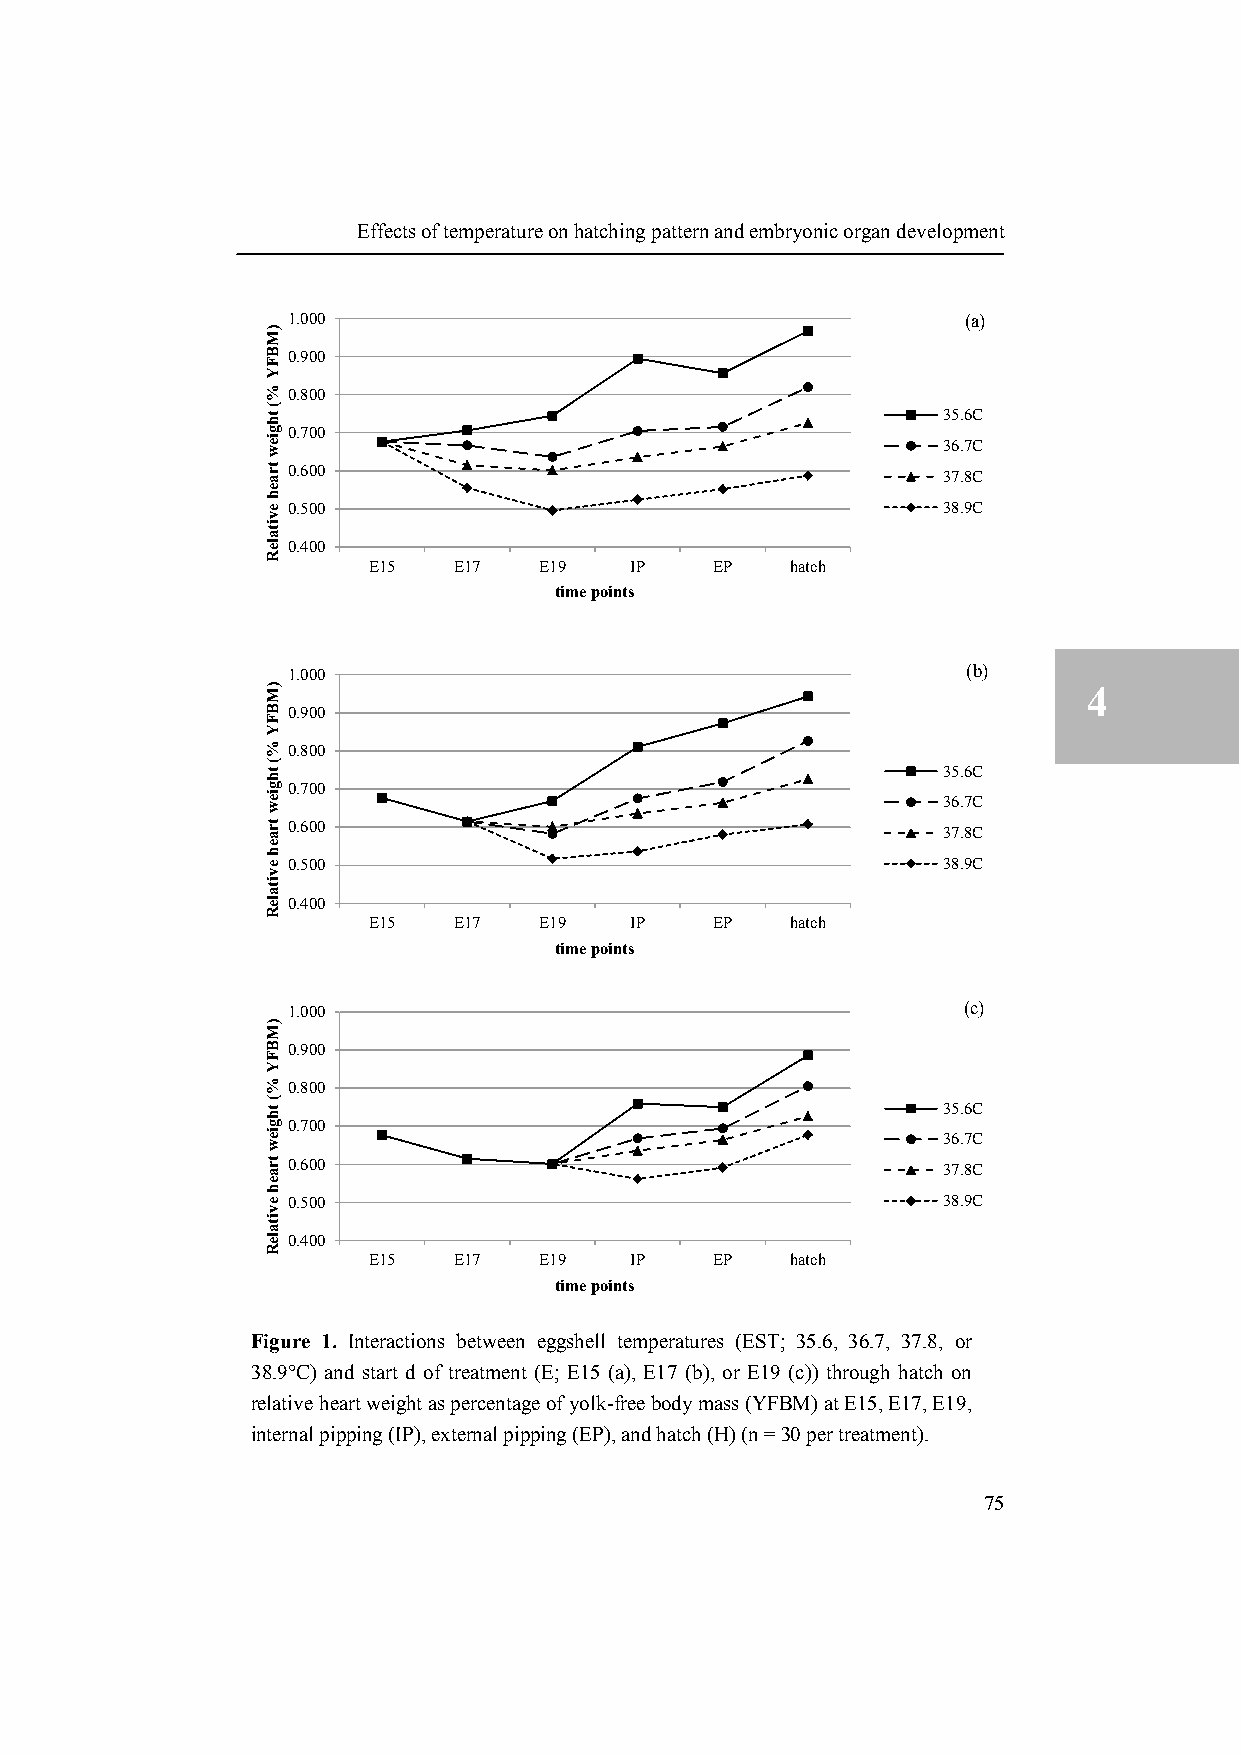
Effects of temperature on hatching pattern and embryonic organ development
 1.000                                        (a)
 0.900                                                      4
 0.800
 35.6C
 0.700
 36.7C
 0.600                                      37.8C
 0.500                                      38.9C
 0.400
 E15   E17   E19   IP   EP   hatch
 time points
 1.000                                        (b)
 4
 0.900
 0.800
 35.6C
 0.700
 36.7C
 0.600                                      37.8C
 0.500                                      38.9C
 0.400
 E15   E17   E19   IP   EP   hatch
 time points
 1.000                                        (c)
 0.900
 0.800
 35.6C
 0.700
 36.7C
 0.600                                      37.8C
 0.500                                      38.9C
 0.400
 E15   E17   E19   IP   EP   hatch
 time points
 Figure 1. Interactions between eggshell temperatures (EST; 35.6, 36.7, 37.8, or
 38.9°C) and start d of treatment (E; E15 (a), E17 (b), or E19 (c)) through hatch on
 relative heart weight as percentage of yolk-free body mass (YFBM) at E15, E17, E19,
 internal pipping (IP), external pipping (EP), and hatch (H) (n = 30 per treatment).
 75
 )MBFY
 %(
 thgiew
 traeh
 evitaleR
 )MBFY
 %(
 thgiew
 traeh
 evitaleR
 )MBFY
 %(
 thgiew
 traeh
 evitaleR